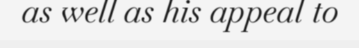
as well as his appeal to